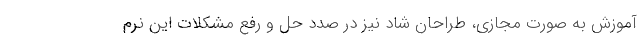
آموزش به صورت مجازی، طراحان شاد نیز در صدد حل و رفع مشکلات این نرم